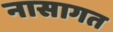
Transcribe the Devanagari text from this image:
नासागत